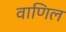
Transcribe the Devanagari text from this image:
वाणिल